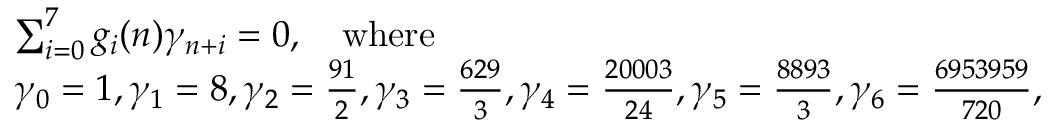
\begin{array} { r l } & { \sum _ { i = 0 } ^ { 7 } g _ { i } ( n ) \gamma _ { n + i } = 0 , \quad \mathrm { w h e r e } } \\ & { \gamma _ { 0 } = 1 , \gamma _ { 1 } = 8 , \gamma _ { 2 } = \frac { 9 1 } { 2 } , \gamma _ { 3 } = \frac { 6 2 9 } { 3 } , \gamma _ { 4 } = \frac { 2 0 0 0 3 } { 2 4 } , \gamma _ { 5 } = \frac { 8 8 9 3 } { 3 } , \gamma _ { 6 } = \frac { 6 9 5 3 9 5 9 } { 7 2 0 } , } \end{array}